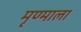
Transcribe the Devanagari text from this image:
मृण्माला